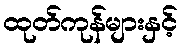
ထုတ်ကုန်များနှင့်